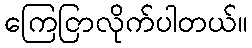
ကြေငြာလိုက်ပါတယ်။